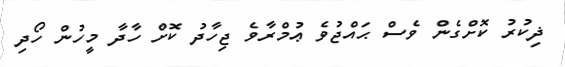
ޛިކުރު ކޮށްގެން ވެސް ޙައްޖުވެ ޢުމްރާވެ ޖިހާދު ކޮށް ހާދާ މީހުން ހޯދި